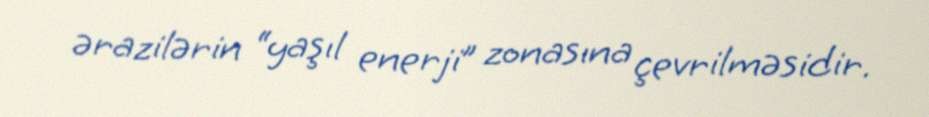
ərazilərin “yaşıl enerji” zonasına çevrilməsidir.